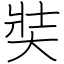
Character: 奘